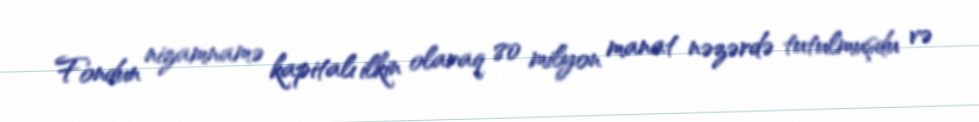
Fondun nizamnamə kapitalı ilkin olaraq 80 milyon manat nəzərdə tutulmuşdu və